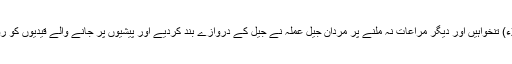
2016ء) تنخواہیں اور دیگر مراعات نہ ملنے پر مردان جیل عملہ نے جیل کے دروازے بند کردیے اور پیشیوں پر جانے والے قیدیوں کو روک لیا۔